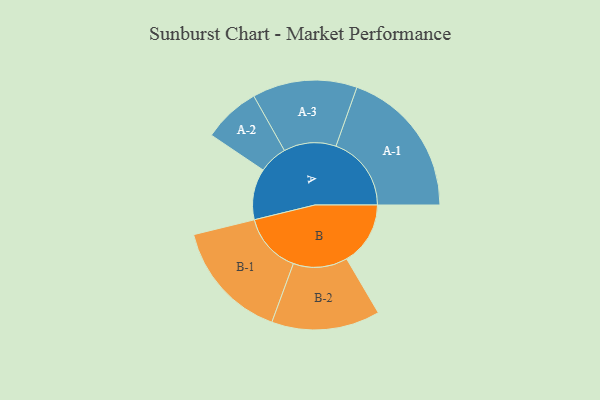
{"axis": {"x": "Segment", "y": "Value"}, "legend": ["", "A", "B"], "data": [{"x": "A", "y": 193, "type": ""}, {"x": "B", "y": 241, "type": ""}, {"x": "A-1", "y": 285, "type": "A"}, {"x": "A-2", "y": 108, "type": "A"}, {"x": "A-3", "y": 198, "type": "A"}, {"x": "B-1", "y": 227, "type": "B"}, {"x": "B-2", "y": 205, "type": "B"}]}